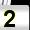
Digit: 2